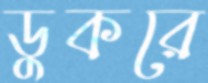
ডুকরে